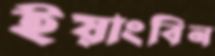
ইয়াংবিন